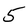
Character: 5